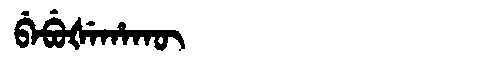
Manchu: ᠪᡝᠪᡠᡧᡝᡥᠠᡴᡡ
Romanization: BEBUŠEHAKŪ